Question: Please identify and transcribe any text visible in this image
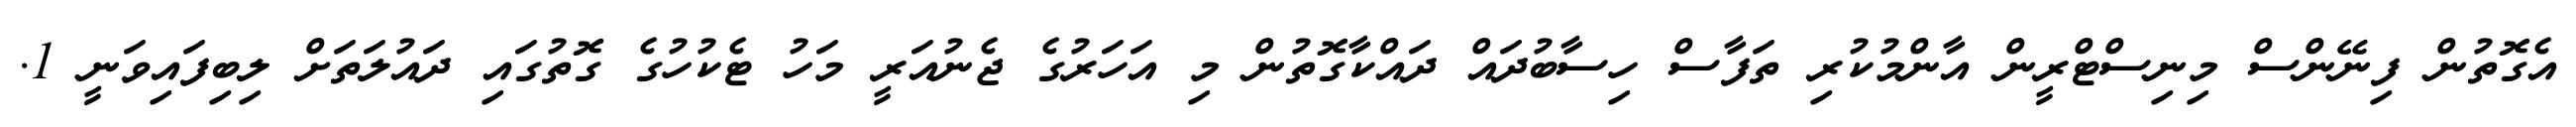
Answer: އެގޮތުން ފިނޭންސް މިނިސްޓްރީން އާންމުކުރި ތަފާސް ހިސާބުދައް ދައްކާގޮތުން މި އަހަރުގެ ޖެނުއަރީ މަހު ޓެކުހުގެ ގޮތުގައި ދައުލަތަށް ލިބިފައިވަނީ 1.